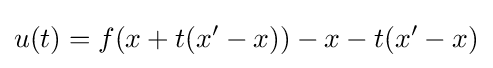
u(t)=f(x+t(x^{\prime }-x))-x-t(x^{\prime }-x)